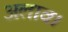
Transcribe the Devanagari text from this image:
अलाव।